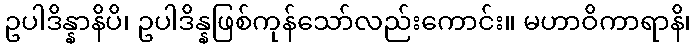
ဥပါဒိန္နာနိပိ၊ ဥပါဒိန္နဖြစ်ကုန်သော်လည်းကောင်း။ မဟာဝိကာရာနိ၊